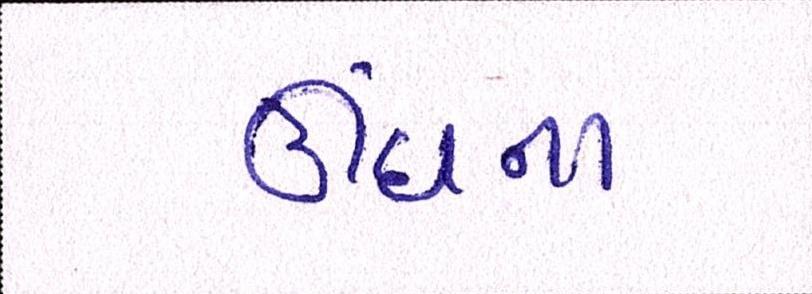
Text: ઊંઘના